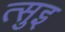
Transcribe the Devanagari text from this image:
त्सुइ